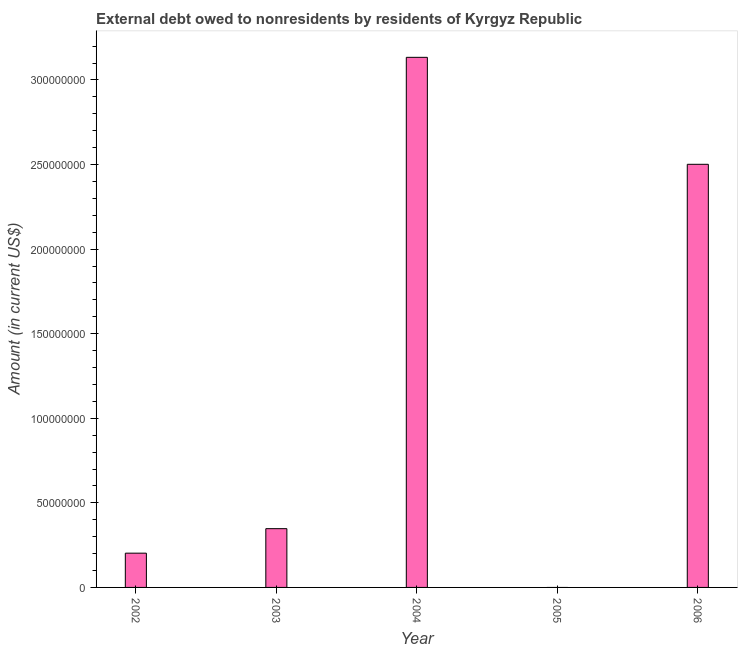
| Year | Debt |
 | --- | --- |
 | 2002 | 2.03e+07 |
 | 2003 | 3.47e+07 |
 | 2004 | 3.13e+08 |
 | 2005 | -1.5e+08 |
 | 2006 | 2.5e+08 |